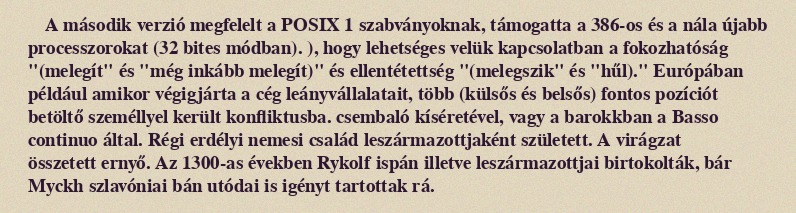
A második verzió megfelelt a POSIX 1 szabványoknak, támogatta a 386-os és a nála újabb processzorokat (32 bites módban). ), hogy lehetséges velük kapcsolatban a fokozhatóság "(melegít" és "még inkább melegít)" és ellentétettség "(melegszik" és "hűl)." Európában például amikor végigjárta a cég leányvállalatait, több (külsős és belsős) fontos pozíciót betöltő személlyel került konfliktusba. csembaló kíséretével, vagy a barokkban a Basso continuo által. Régi erdélyi nemesi család leszármazottjaként született. A virágzat összetett ernyő. Az 1300-as években Rykolf ispán illetve leszármazottjai birtokolták, bár Myckh szlavóniai bán utódai is igényt tartottak rá.